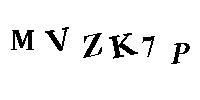
MVZK7P